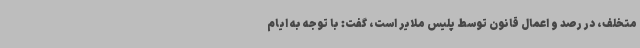
متخلف، در رصد و اعمال قانون توسط پلیس ملایر است، گفت: با توجه به ایام